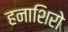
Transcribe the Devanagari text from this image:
हनाशिरो